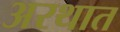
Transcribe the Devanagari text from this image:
अरथात